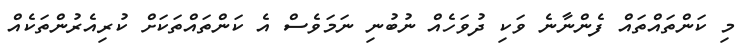
މި ކަންތައްތައް ފެންނާނެ ވަކި ދުވަހެއް ނުބުނި ނަމަވެސް އެ ކަންތައްތަކަށް ކުރިއެރުންތަކެއް